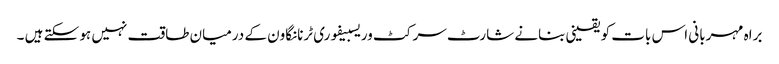
براہ مہربانی اس بات کو یقینی بنانے شارٹ سرکٹ وریسبیفوری ٹرنانگاون کے درمیان طاقت نہیں ہو سکتے ہیں ۔